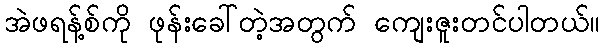
အဲဖရန့်စ်ကို ဖုန်းခေါ်တဲ့အတွက် ကျေးဇူးတင်ပါတယ်။